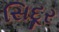
સિદૂર